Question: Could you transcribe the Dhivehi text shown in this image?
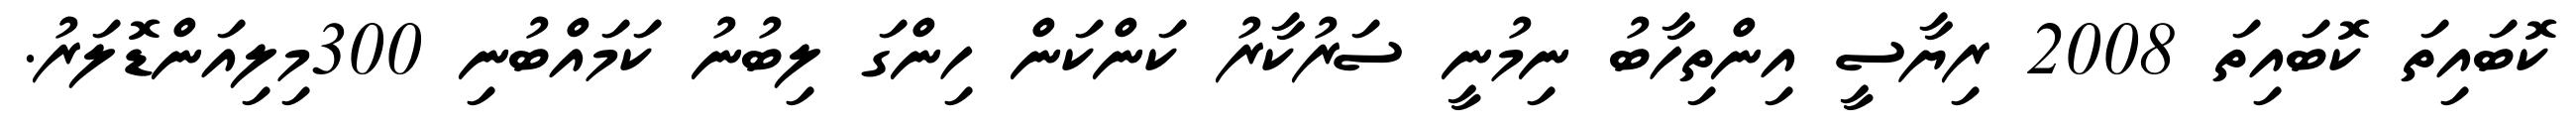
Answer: ކޮބައިތަ ކޮބައިތަ 2008 ރިޔާސީ އިންތިހާބު ނިމުނީ ސަރުކާރު ކަންކަން ހިންގަ ލިބުނު ކަމައްބުނި 300މިލިއަންޑޮލަރު.